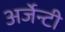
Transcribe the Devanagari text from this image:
अर्जेन्टी